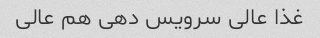
غذا عالی سرویس دهی هم عالی